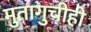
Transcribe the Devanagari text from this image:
मुतागुचीही